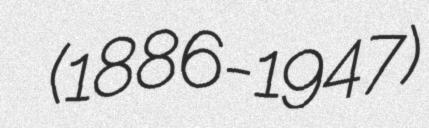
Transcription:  (1886-1947)